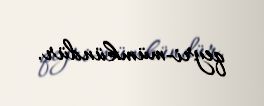
qeyri-mümkündür.